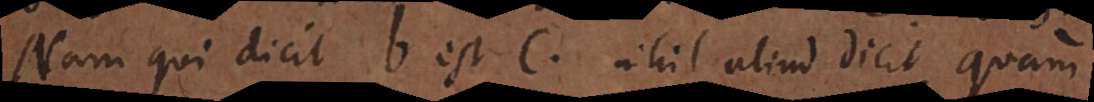
Nam qui dicit b est c. nihil aliud dicit quam